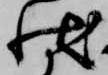
状